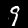
Label: 9